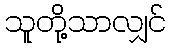
သူတို့သာလျှင်